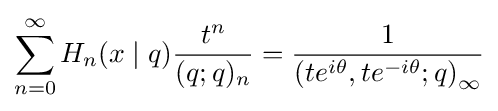
\sum _{n=0}^{\infty }H_{n}(x\mid q){\frac {t^{n}}{(q;q)_{n}}}={\frac {1}{\left(te^{i\theta },te^{-i\theta };q\right)_{\infty }}}